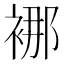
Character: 𮖍